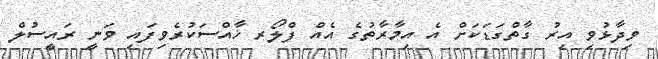
ވިދާޅުވި އިރު ގާތްގަޑަކަށް އެ އިމާރާތުގެ އެއް ފްލޯރ ޚާއްސަކުރެވިފައި ވަނީ ރައީސުލް